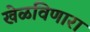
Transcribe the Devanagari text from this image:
खेळविणारा